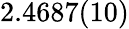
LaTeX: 2.4687(10)